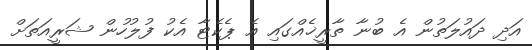
އަދި ދައުލަތުން އެ ބުނާ ތާރީޚެއްގައި އެ ޕެކެޓާ އެކު ފުލުހުން ޝަރީއަތަށް